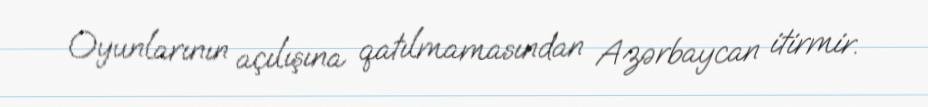
Oyunlarının açılışına qatılmamasından Azərbaycan itirmir.